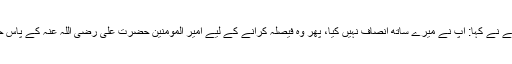
تین روٹی والے نے کہا: آپ نے میرے ساتھ انصاف نہیں کیا، پھر وہ فیصلہ کرانے کے لیے امیر المؤمنین حضرت علی رضی اللہ عنہ کے پاس حاضر ہوئے۔